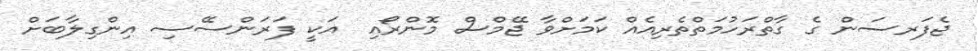
ޖެފަރސަން ގެ ގާތްރަހުމަތްތެރިއެއް ކަމަށްވާ ޖޭމްސް މޮންރޯއި  އަކީ ފަރަންސޭސި އިންގިލާބަށް